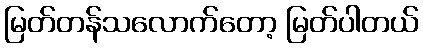
မြတ်တန်သလောက်တော့ မြတ်ပါတယ်